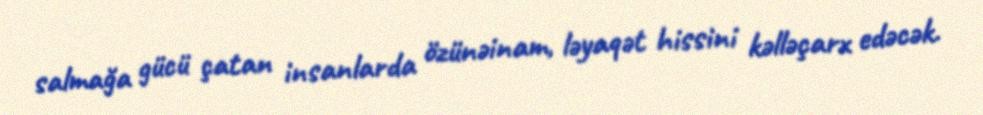
salmağa gücü çatan insanlarda özünəinam, ləyaqət hissini kəlləçarx edəcək.